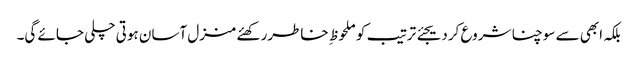
بلکہ ابھی سے سوچنا شروع کردیجئے ترتیب کو ملحوظ ِ خاطررکھئے منزل آسان ہوتی چلی جائے گی۔